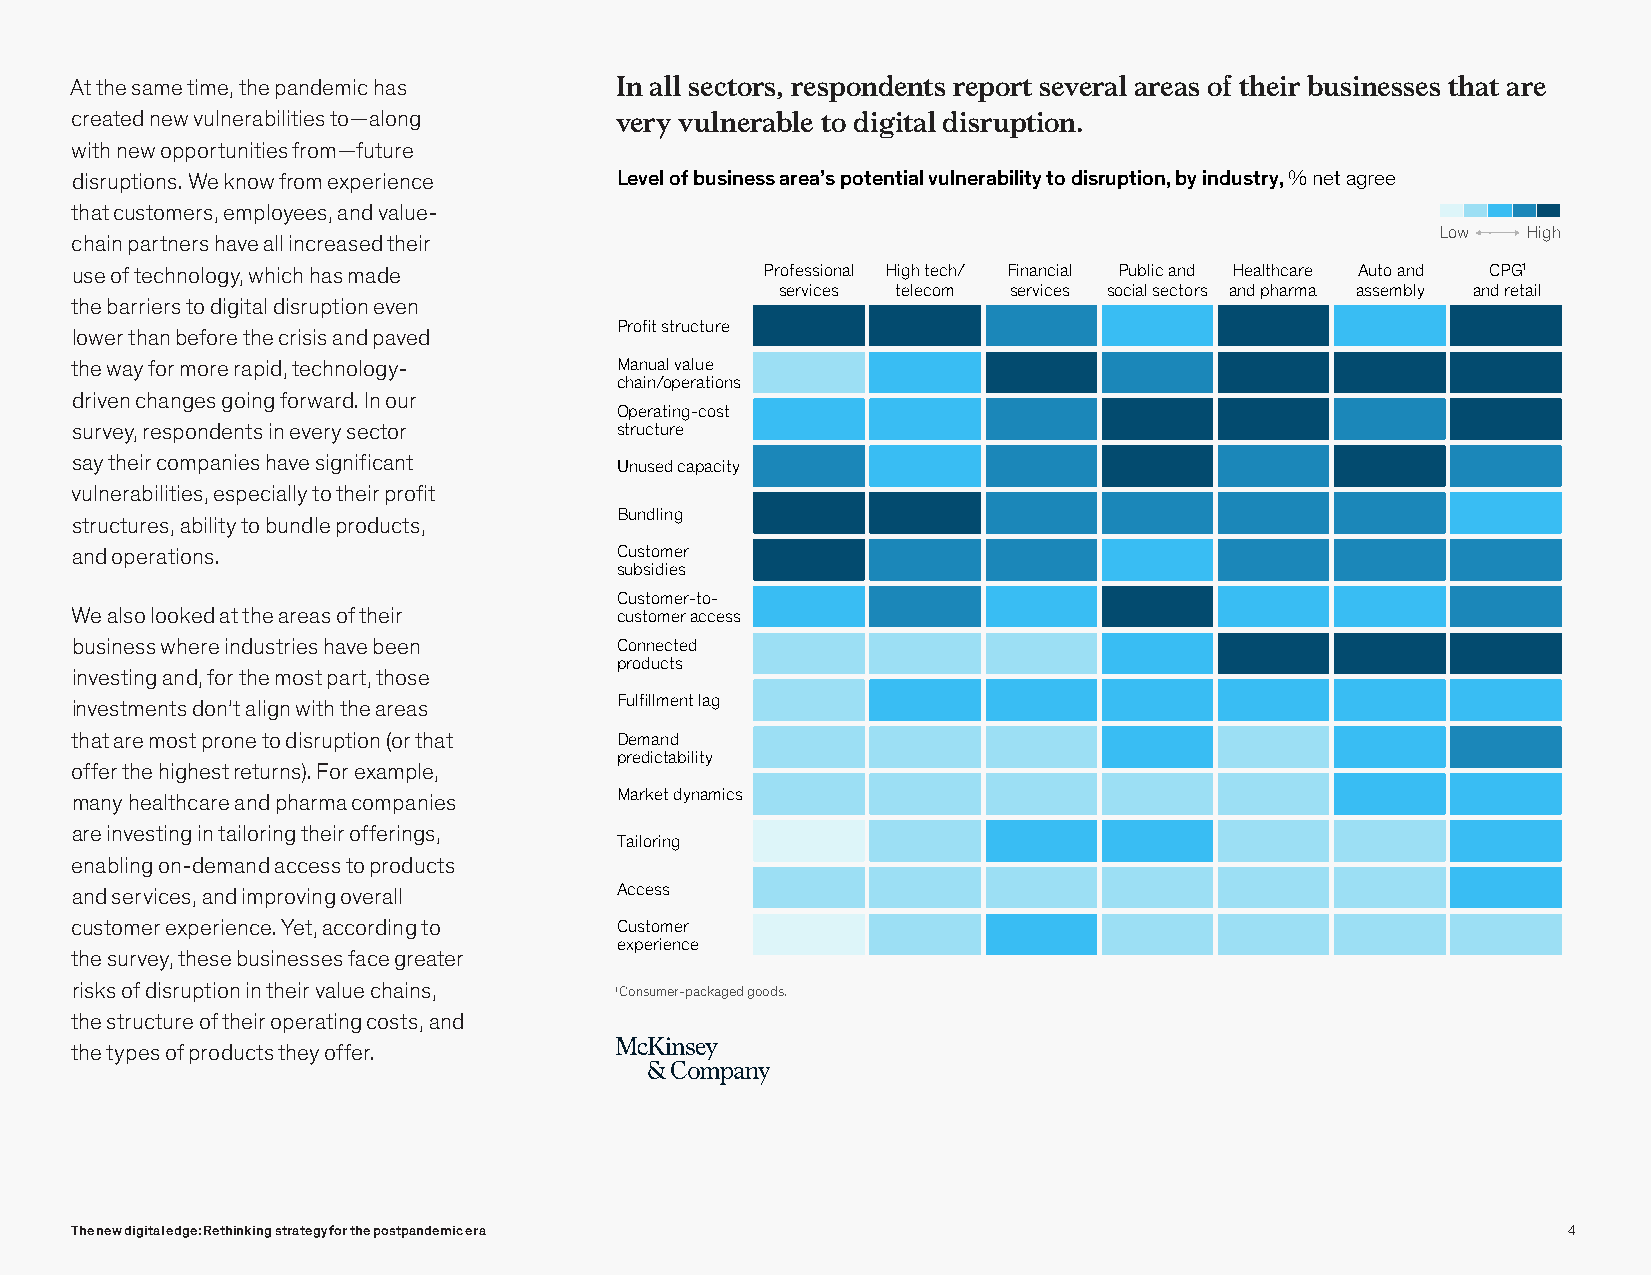
Web 2021
 Survey-DigitalStrategy
 Exhibit 3 of 13
 At the same time, the pandemic has  IInn aalll ls seeccttoorrss, ,r eressppoonnddeenntst sr erpeporotr st esveevrearla alr aeraesa osf o tfh ethire biru sbiunseisnseesss eths atth aarte a re
 created new vulnerabilities to—along vveerryy v vuulnlnerearbalbel eto t od idgiigtaitl adli sdriusprtuiopnti.on.
 with new opportunities from—future
 disruptions. We know from experience Level of business area’s potential vulnerability to disruption, by industry, % net agree
 that customers, employees, and value-
 Low   High
 chain partners have all increased their
 use of technology, which has made            Professional High tech/ Financial Public and Healthcare Auto and CPG1
 services telecom services social sectors and pharma assembly and retail
 the barriers to digital disruption even
 Profit structure
 lower than before the crisis and paved
 the way for more rapid, technology- Manual value
 chain/operations
 driven changes going forward. In our
 Operating-cost
 survey, respondents in every sector structure
 say their companies have significant Unused capacity
 vulnerabilities, especially to their profit
 Bundling
 structures, ability to bundle products,
 and operations.                     Customer
 subsidies
 Customer-to-
 We also looked at the areas of their customer access
 business where industries have been Connected
 products
 investing and, for the most part, those
 Fulfillment lag
 investments don’t align with the areas
 that are most prone to disruption (or that Demand
 predictability
 offer the highest returns). For example,
 many healthcare and pharma companies Market dynamics
 are investing in tailoring their offerings,
 Tailoring
 enabling on-demand access to products
 and services, and improving overall Access
 customer experience. Yet, according to Customer
 experience
 the survey, these businesses face greater
 risks of disruption in their value chains, 1Consumer-packaged goods.
 the structure of their operating costs, and
 the types of products they offer.
 The new digital edge: Rethinking strategy for the postpandemic era                                 4